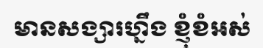
មានសង្សារហ្នឹង ខ្ញុំខំអស់